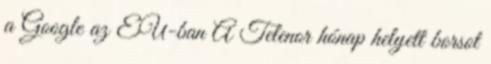
a Google az EU-ban A Telenor hónap helyett borsot